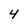
Character: 4